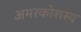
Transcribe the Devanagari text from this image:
अमरकोशस्य